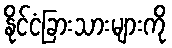
နိုင်ငံခြားသားများကို